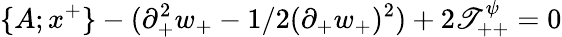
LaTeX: \{ A;x^{+}\} -(\partial_{+}^{2}w_{+}-1/2(\partial_{+}w_{+})^{2})+2\mathscr{T}_{++}^{\psi}=0